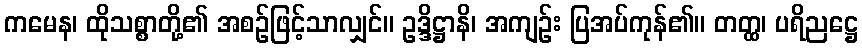
ကမေန၊ ထိုသစ္စာတို့၏ အစဉ်ဖြင့်သာလျှင်။ ဥဒ္ဒိဋ္ဌာနိ၊ အကျဉ်း ပြအပ်ကုန်၏။ တတ္ထ၊ ပရိညဋ္ဌေ